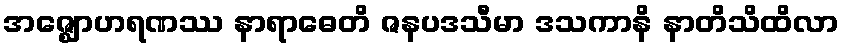
အဇ္ဈောဟရဏဿ နာရာဓေတိ ဇနပဒသီမာ ဒသကာနိ နာတိသိထိလာ